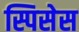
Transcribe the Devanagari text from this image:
स्पिसेस